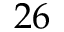
2 6